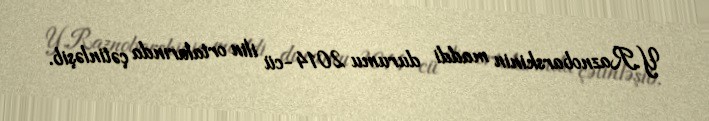
Y.Raznobarskinin maddi durumu 2014-cü ilin ortalarında çətinləşib.